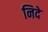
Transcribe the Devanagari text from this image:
निदे